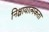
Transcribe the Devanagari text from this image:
निश्चायात्मकता